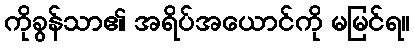
ကိုခွန်သာ၏ အရိပ်အယောင်ကို မမြင်ရ။